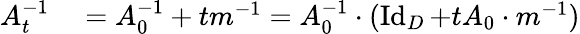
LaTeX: \begin{array}{rl}{A_{t}^{-1}}&{{}=A_{0}^{-1}+tm^{-1}=A_{0}^{-1}\cdot(\operatorname{Id}_{D}+tA_{0}\cdot m^{-1})}\end{array}